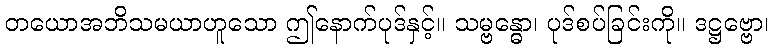
တယောအဘိသမယာဟူသော ဤနောက်ပုဒ်နှင့်။ သမ္ဗန္ဓော၊ ပုဒ်စပ်ခြင်းကို။ ဒဋ္ဌဗ္ဗော၊